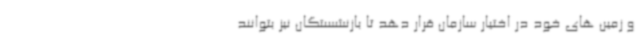
و زمین های خود در اختیار سازمان قرار دهد تا بازنشستگان نیز بتوانند